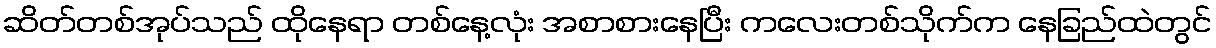
ဆိတ်တစ်အုပ်သည် ထိုနေရာ တစ်နေ့လုံး အစာစားနေပြီး ကလေးတစ်သိုက်က နေခြည်ထဲတွင်